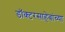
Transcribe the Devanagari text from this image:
डॉक्टरसाहेबांच्या